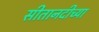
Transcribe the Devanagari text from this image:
सीतानदीच्या